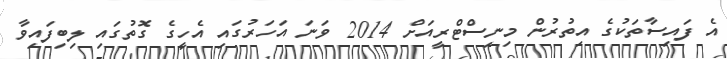
އެ ފައިސާތަކުގެ އިތުރުން މިނިސްޓްރީއަށް 2014 ވަނަ އަހަރުގައި އެހީގެ ގޮތުގައި ލިބިފައިވާ